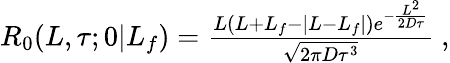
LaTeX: \begin{array}{r}{R_{0}(L,\tau;0|L_{f})=\frac{L(L+L_{f}-\left|L-L_{f}\right|)e^{-\frac{L^{2}}{2D\tau}}}{\sqrt{2\pi D\tau^{3}}}\ ,}\end{array}